Lunatic asylums Punjab 1868-1880 - 1868-1880
Year: 1868
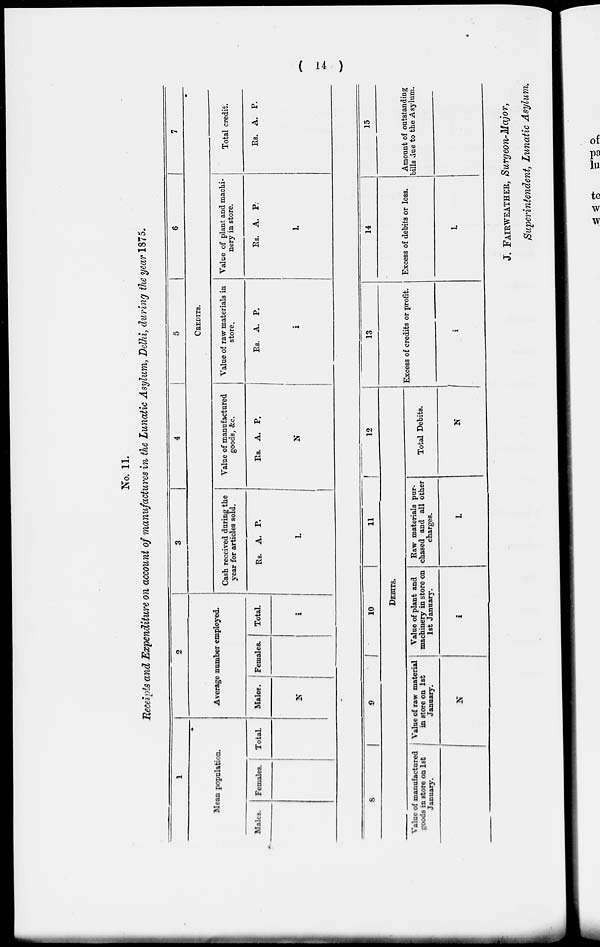
( 14 )
No. 11.
Receipts and Expenditure on account of manufactures in the Lunatic Asylum, Delhi, during the year 1875.
1
Mean population.
Males.
Females.
Total.
2
Average number employed.
Males.
N
Females.
Total.
i
3
4
5
6
7
CREDITS.
Cash received during the
year for articles sold.
Rs. A. P.
l.
Value of manufactured
goods, &c.
Rs. A. P.
N
Value of raw materials in
store.
Rs. A. P.
i
Value of plant and machi-
nery in store.
Rs. A. P.
l.
Total credit.
Rs. A. P.
8
9
10
11
12
DEBITS.
Value of manufactured
goods in store on 1st
January.
Value of raw material
in store on 1st
January.
N
Value of plant and
machinery in store on
1st January.
i
Raw materials pur-
chased and all other
charges.
l.
Total Debits.
N
13
Excess of credits or profit.
i
14
Excess of debits or loss.
l.
15
Amount of outstanding
bills due to the Asylum.
J. FAIRWEATHER, Surgeon-Major,
Superintendent, Lunatic Asylum.